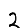
Digit: 2